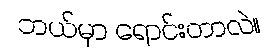
ဘယ်မှာ ရောင်းတာလဲ။